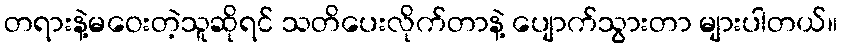
တရားနဲ့မဝေးတဲ့သူဆိုရင် သတိပေးလိုက်တာနဲ့ ပျောက်သွားတာ များပါတယ်။